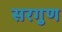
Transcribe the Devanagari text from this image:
सरगुण